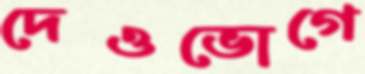
দেওভোগে